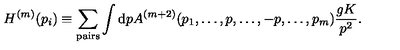
H ^ { ( m ) } ( p _ { i } ) \equiv \sum _ { \mathrm { p a i r s } } \int \mathrm { d } p A ^ { ( m + 2 ) } ( p _ { 1 } , \dots , p , \dots , - p , \dots , p _ { m } ) { \frac { g K } { p ^ { 2 } } } .